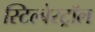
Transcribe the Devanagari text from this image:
स्टिल्बेस्ट्रॉल